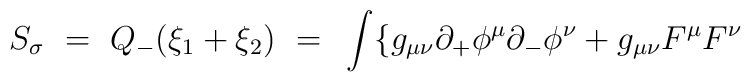
S_\sigma ~=~ Q_- (\xi_1 + \xi_2) ~=~ \int \{ g_{\mu\nu} \partial_+\phi^\mu \partial_-\phi^\nu + g_{\mu\nu}F^\mu F^\nu